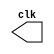
// ---------------------------
// -- Exercicio05
// ---------------------------

//
//--  Celso R Frana Jr
//--    PUC-MG


//----------------------------
//---------Clock--------------
//----------------------------
module clock ( clk );
 output clk;
 reg    clk;

 initial
  begin
   clk = 1'b0;
  end

 always
  begin
   #12 clk = ~clk;
  end
endmodule

//----------------------------
//---------PULSO--------------
//----------------------------
module pulse ( signal, clock );
 input  clock;
 output signal;
 reg    signal;

 always @ (  posedge clock )
  begin
       signal = 1'b1;
  #4   signal = 1'b0;
  #4   signal = 1'b1;
  #4   signal = 1'b0;
  #4   signal = 1'b1;
  #4   signal = 1'b0;
 
  end
endmodule // pulse

//----------------------------
//---------Teste--------------
//----------------------------
module testpulse;

 wire  clock;
 clock clk ( clock );
 wire  p1;

 pulse   pulse1   ( p1, clock );

 initial begin
  $dumpfile ( "exercicio05.vcd" );
  $dumpvars (1, clock, p1);
   #480 $finish;

 end

endmodule //exercicio05